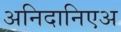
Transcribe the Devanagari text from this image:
अनिदानिएअ